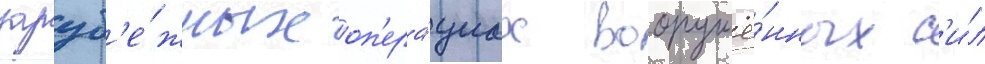
заруб'е́жных оп'ера́циах вооружё́нных с'и́л